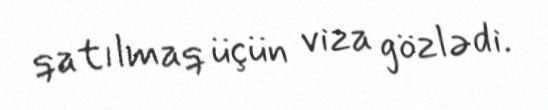
qatılmaq üçün viza gözlədi.